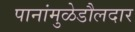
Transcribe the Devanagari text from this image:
पानांमुळेडौलदार